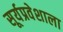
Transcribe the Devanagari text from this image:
सूर्यप्रवेशाला